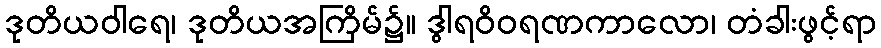
ဒုတိယဝါရေ၊ ဒုတိယအကြိမ်၌။ ဒွါရဝိဝရဏကာလော၊ တံခါးဖွင့်ရာ